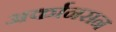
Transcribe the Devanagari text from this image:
अर्कानसन